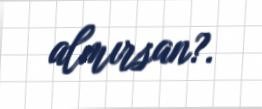
almırsan?.